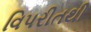
વિપરીતથી